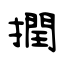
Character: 撋